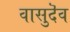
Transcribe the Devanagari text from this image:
वासुदॆव